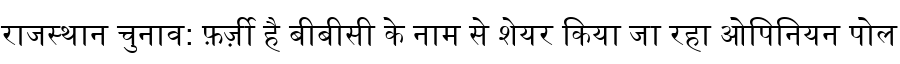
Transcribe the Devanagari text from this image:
राजस्थान चुनाव: फ़र्ज़ी है बीबीसी के नाम से शेयर किया जा रहा ओपिनियन पोल